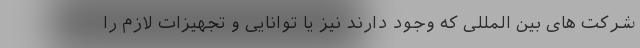
شرکت های بین المللی که وجود دارند نیز یا توانایی و تجهیزات لازم را